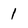
Character: 1